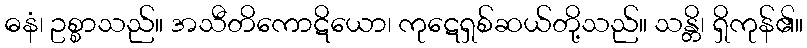
ဓနံ၊ ဥစ္စာသည်။ အသီတိကောဋိယော၊ ကုဋေရှစ်ဆယ်တို့သည်။ သန္တိ၊ ရှိကုန်၏။